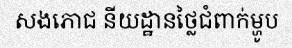
សងភោជ នីយដ្ឋានថ្លៃជំពាក់ម្ហូប